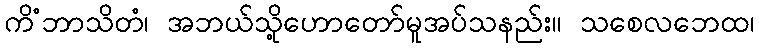
ကိံဘာသိတံ၊ အဘယ်သို့ဟောတော်မူအပ်သနည်း။ သစေလဘေထ၊